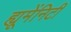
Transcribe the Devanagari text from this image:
ह्यूमेंनिटी